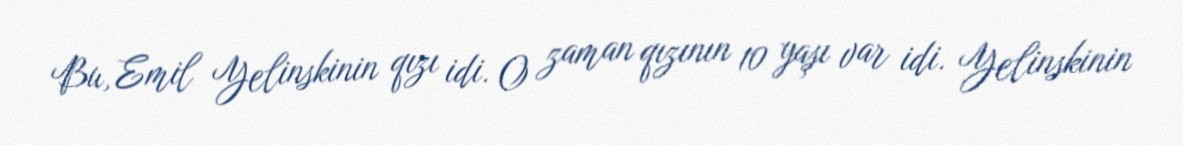
Bu, Emil Yelinskinin qızı idi. O zaman qızının 10 yaşı var idi. Yelinskinin